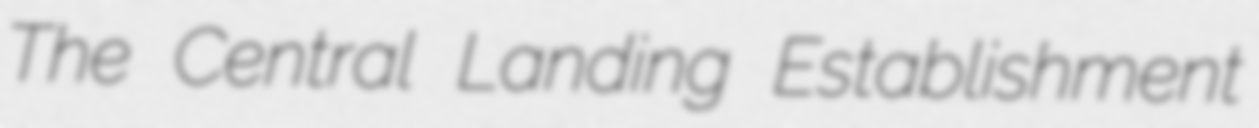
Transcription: The Central Landing Establishment